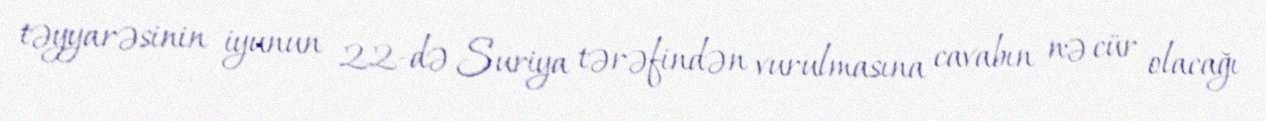
təyyarəsinin iyunun 22-də Suriya tərəfindən vurulmasına cavabın nə cür olacağı